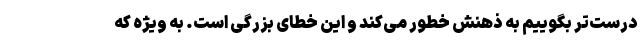
درست‌تر بگوییم به ذهنش خطور می‌کند و این خطای بزرگی است. به ویژه که